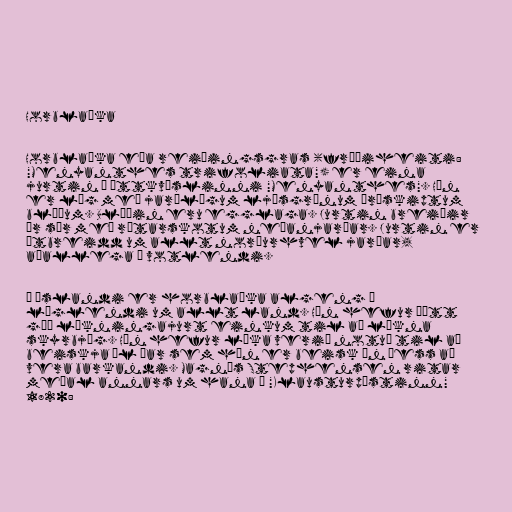
Horblaðka

Horblaðka eða reiðingsgras (fræðiheiti:
"Menyanthes trifoliata") er eina
jurtin í ættkvíslinni "Menyanthes". Hún
er lág með jarðlægum ljósgrænum þrískiptum
blöðum. Blöðin eru egglaga. Jurtin breiðir
úr sér með rótarskotum neðanjarðar. Jurtin er
útbreidd um allt norðurhvel jarðar,
aðallega í votlendi.

Á Íslandi er horblaðka algeng á
láglendi um allt land. Hún hefur þótt
góð lækningajurt einkum til að lækna
skyrbjúg. Hún hefur líka verið notuð til að
beiskja öl þar sem hún er beisk án þess að
vera barkandi. Magnús Stephensen ritar
meðal annars um hana í "Klausturpóstinn"
1820: